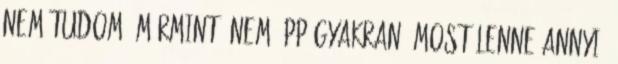
nem tudom, mármint, nem épp gyakran, most lenne annyi,